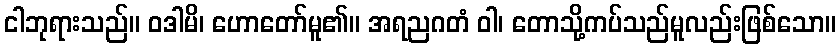
ငါဘုရားသည်။ ဝဒါမိ၊ ဟောတော်မူ၏။ အရညဂတံ ဝါ၊ တောသို့ကပ်သည်မူလည်းဖြစ်သော။